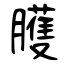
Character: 臒